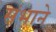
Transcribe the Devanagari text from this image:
संभाने